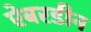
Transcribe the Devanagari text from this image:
ऐबरडीन